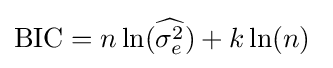
\mathrm {BIC} =n\ln({\widehat {\sigma _{e}^{2}}})+k\ln(n)\